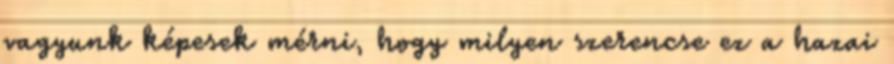
vagyunk képesek mérni, hogy milyen szerencse ez a hazai